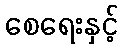
စေရေးနှင့်